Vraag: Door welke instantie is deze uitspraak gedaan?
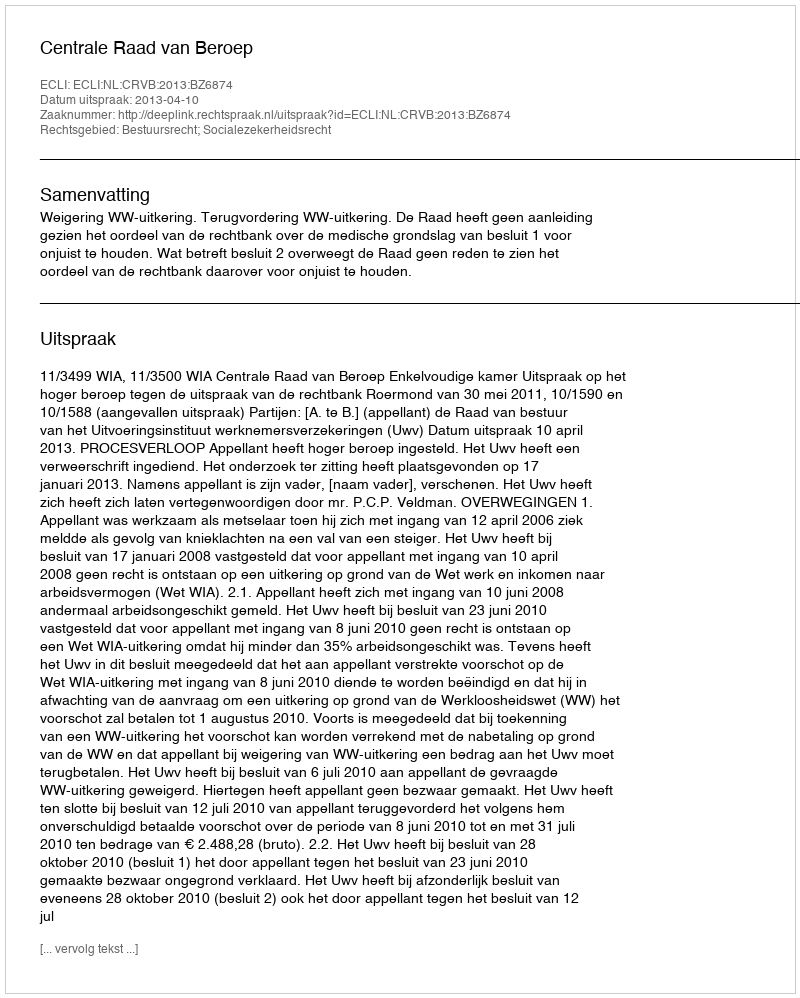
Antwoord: Centrale Raad van Beroep